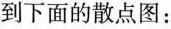
到下面的散点图：